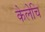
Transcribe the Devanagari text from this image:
केलेचि